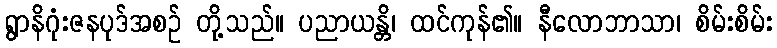
ရွာနိဂုံးဇနပုဒ်အစဉ် တို့သည်။ ပညာယန္တိ၊ ထင်ကုန်၏။ နီလောဘာသာ၊ စိမ်းစိမ်း